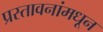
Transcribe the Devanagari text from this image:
प्रस्तावनांमधून